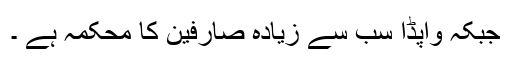
جبکہ واپڈا سب سے زیادہ صارفین کا محکمہ ہے ۔